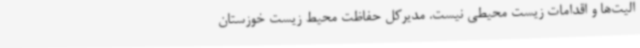
الیت‌ها و اقدامات زیست محیطی نیست. مدیرکل حفاظت محیط زیست خوزستان